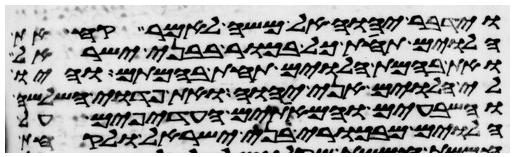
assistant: וידבר יהוה אל משה לאמר קח את
הלוים תחת כל בכור בבני ישראל
ואת בהמת הלוים תחת בהמתם והיו
לי הלוים אני יהוה ואת פדוי השלשה
והשבעים והמאתים העדפים על
הלוים מבכורי בני ישראל ולקחת